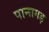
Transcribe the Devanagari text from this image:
पानागड़